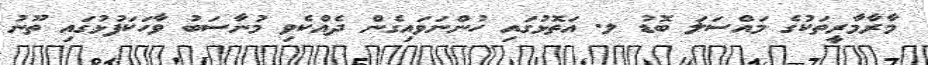
މާރާމާރީތަކުގެ މައްސަލަ ބޮޑު ލ. އަތޮޅުގައި ހުންނަވައިގެން ދެއްކެވި މުނާސަބު ވާހަކަފުޅުގައި ތޫނު